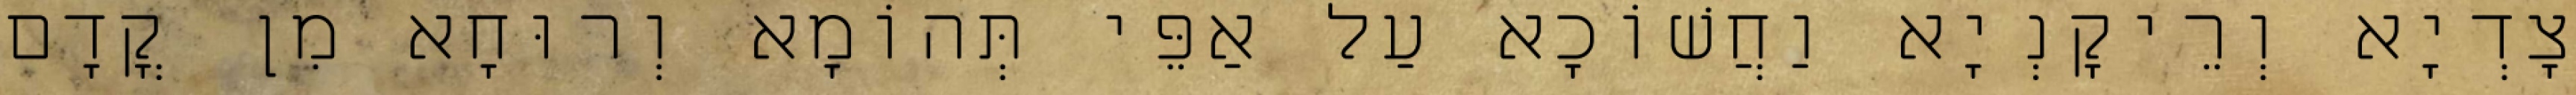
צָדְיָא וְרֵיקָנְיָא וַחֲשׁוֹכָא עַל אַפֵּי תְּהוֹמָא וְרוּחָא מִן קֳדָם